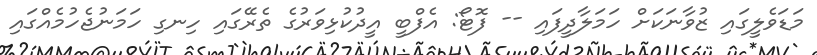
މަޑަވެލީގައި ޒުވާނަކަށް ހަމަލާދީފައި -- ފޮޓޯ: އެފްބީ އީދުކުޅިވަރުގެ ތެރޭގައި ހިނގި ހަމަނުޖެހުމެއްގައި